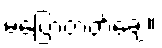
မပြောတတ်ချေ။